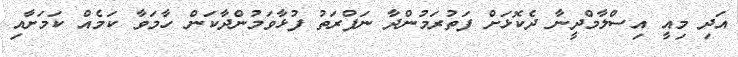
އަދި މިއީ އިސްލާމްދީނާ ދެކޮޅަށް ފަތުރަމުންދާ ނަފްރަތު ފުޅާވަމުންދާކަން ހާމަވާ ކަމެއް ކަމަށާއި